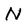
Character: N